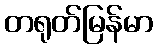
တရုတ်မြန်မာ